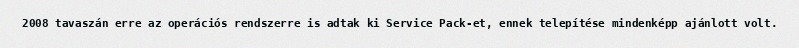
2008 tavaszán erre az operációs rendszerre is adtak ki Service Pack-et, ennek telepítése mindenképp ajánlott volt.